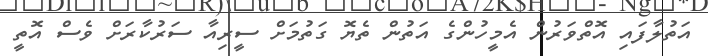
އަތުލާފައި އޮތްވަރުން އެމީހުންގެ އަތުން ތެޔޮ ގަތުމަށް ސީރިއާ ސަރުކާރަށް ވެސް އޮތީ